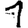
Digit: 1